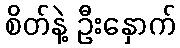
စိတ်နဲ့ ဦးနှောက်